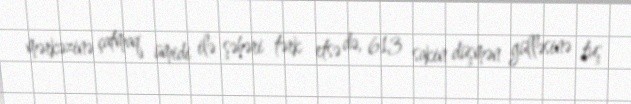
mərkəzinə çatmaq ümidi ilə şəhəri tərk etsə də, 613 sakin düşmən gülləsinə tuş